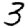
Digit: 3